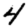
Digit: 4